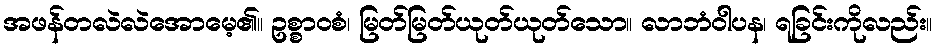
အဖန်တလဲလဲအောမေ့၏။ ဥစ္စာဝစံ၊ မြတ်မြတ်ယုတ်ယုတ်သော။ လာဘံဝါပန၊ ရခြင်းကိုလည်း။